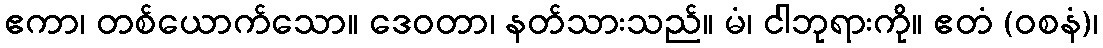
ဧကာ၊ တစ်ယောက်သော။ ဒေဝတာ၊ နတ်သားသည်။ မံ၊ ငါဘုရားကို။ ဧတံ (ဝစနံ)၊